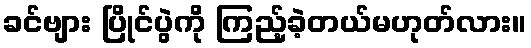
ခင်ဗျား ပြိုင်ပွဲကို ကြည့်ခဲ့တယ်မဟုတ်လား။